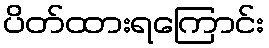
ပိတ်ထားရကြောင်း